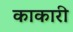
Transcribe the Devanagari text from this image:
काकारी